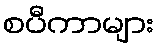
စပီကာများ